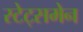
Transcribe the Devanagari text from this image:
स्टेट्समेन